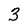
Character: 3